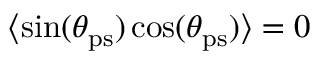
\langle \sin ( \theta _ { \mathrm { p s } } ) \cos ( \theta _ { \mathrm { p s } } ) \rangle = 0